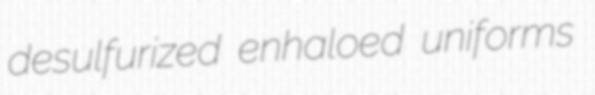
desulfurized enhaloed uniforms